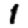
Digit: 1